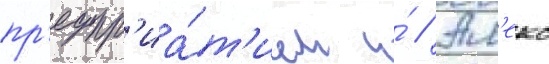
пр'едпр'иа́т'ием и́ // Ал'екс